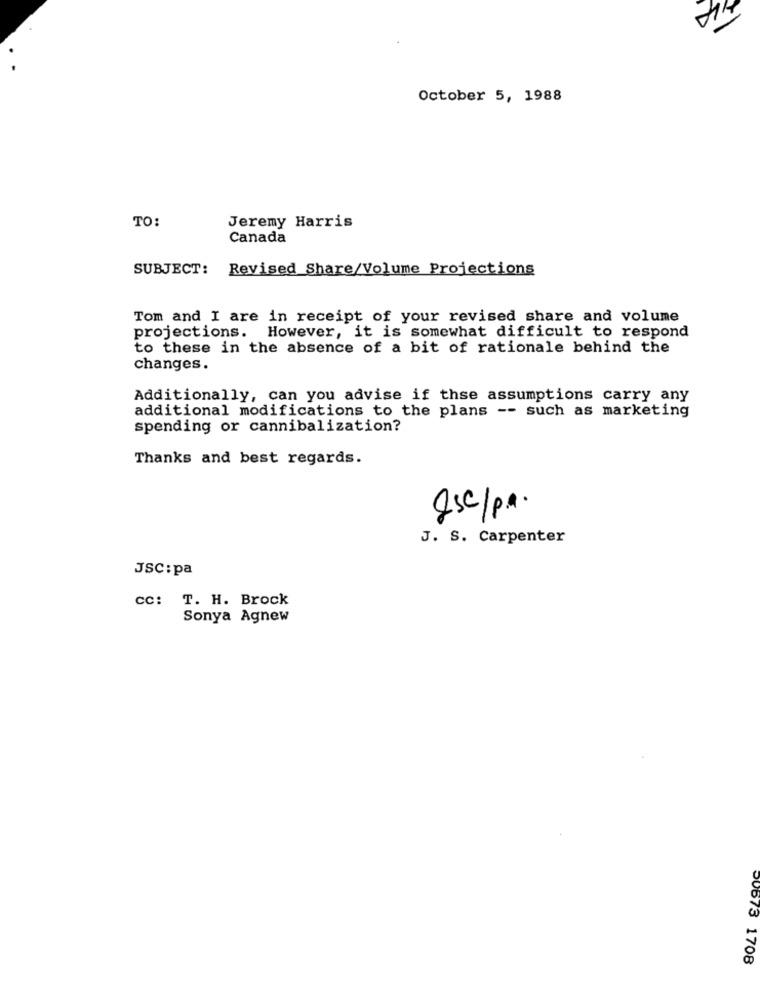
014
October 5, 1988
TO:
Jeremy Harris
Canada
SUBJECT: Revised Share/Volume Projections
Tom and I are in receipt of your revised share and volume
projections. However, it is somewhat difficult to respond
to these in the absence of a bit of rationale behind the
changes.
Additionally, can you advise if thse assumptions carry any
additional modifications to the plans -- such as marketing
spending or cannibalization?
Thanks and best regards.
Qsc/p.a.
J. S. Carpenter
JSC: pa
CC: T. H. Brock
Sonya Agnew
00673 1708